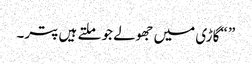
” “گاڑی میں جھولے جو ملتے ہیں پتر۔